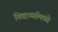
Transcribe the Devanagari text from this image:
विद्यार्थ्यामध्ये